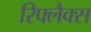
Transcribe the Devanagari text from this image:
रिफ्लैक्‍स